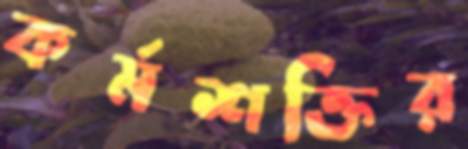
কর্মশক্তির